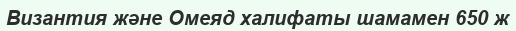
Византия және Омеяд халифаты шамамен 650 ж